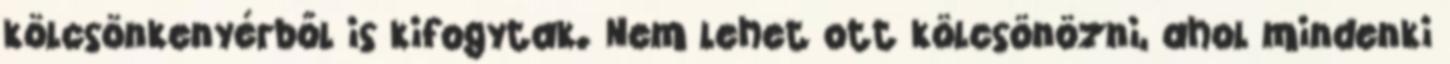
kölcsönkenyérből is kifogytak. Nem lehet ott kölcsönözni, ahol mindenki